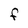
Character: F